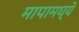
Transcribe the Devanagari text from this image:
मापामध्ये